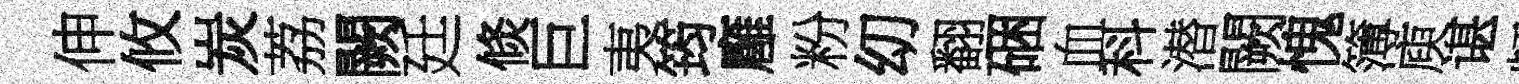
伸攸炭荔闕廷倐巨夷筠廱粉㓜翻硱血科潜闕愧簿庾谌頻